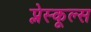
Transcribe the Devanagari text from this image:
प्लेस्कूल्स